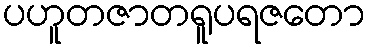
ပဟူတဇာတရူပရဇတော